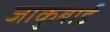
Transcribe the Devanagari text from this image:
जाकुबाई